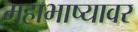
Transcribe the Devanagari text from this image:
महाभाष्यावर